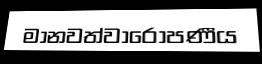
මානවත්වාරෝපණීය